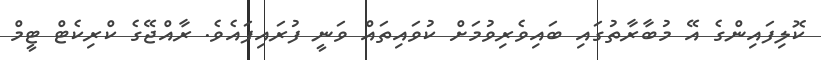
ކޮލިފައިންގެ އޭ މުބާރާތުގައި ބައިވެރިވުމަށް ކުވައިތައް ވަނީ ފުރައިފައެވެ. ރާއްޖޭގެ ކްރިކެޓް ޓީމް